Leaving Certificate Examination (including Day School Certificate (Higher) General paper), 1927
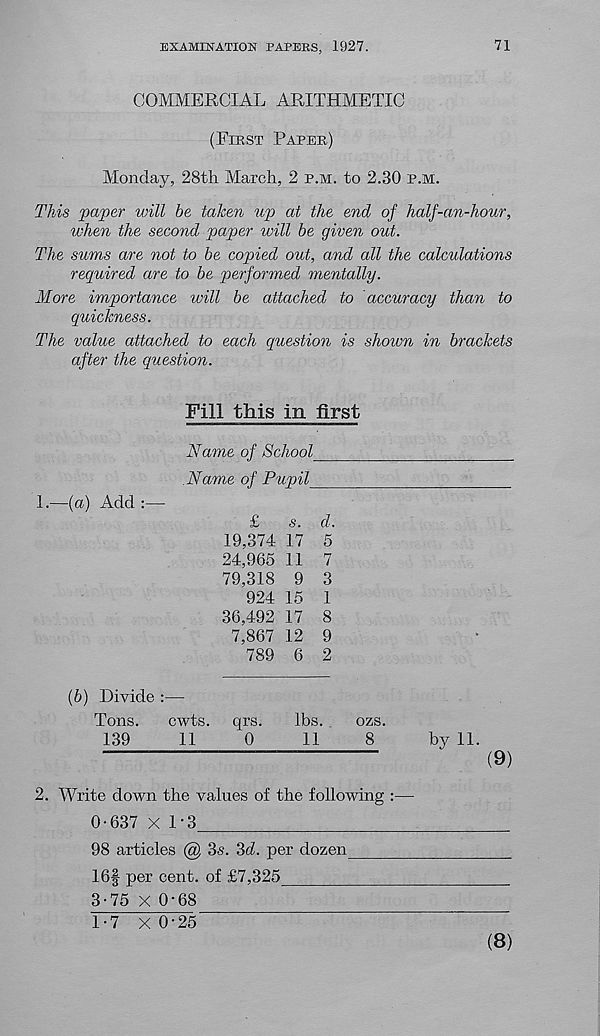
EXAMINATION PAPERS, 1927.
71
COMMERCIAL ARITHMETIC
(First Paper)
Monday, 28th March, 2 p.m. to 2.30 p.m.
This paper will be taken up at the end of half-an-hour,
when the second paper will be given out.
The sums are not to be copied out, and all the calculations
required are to be performed mentally.
More importance will be attached to accuracy than to
quickness.
The value attached to each question is shoivn in brackets
after the question.
Fill this in first
Name of School
.Name of Pupil
!.—(«) Add:—
£
s. d.
19,374 17 5
24,965 11 7
79,318 9 3
924 15 1
36,492 17 8
7,867 12 9
789 6 2
(b) Divide :—
Tons.
cwts. qrs.
lbs.
ozs.
139
11
0
11
8
by 11.
(9)
2. Write down the values of the following :—
0-637 X L3
98 articles @ 3s. 3d. per dozen
16§ per cent, of £7,325
3-75 X 0-68
1-7 X 0‘25
(8)